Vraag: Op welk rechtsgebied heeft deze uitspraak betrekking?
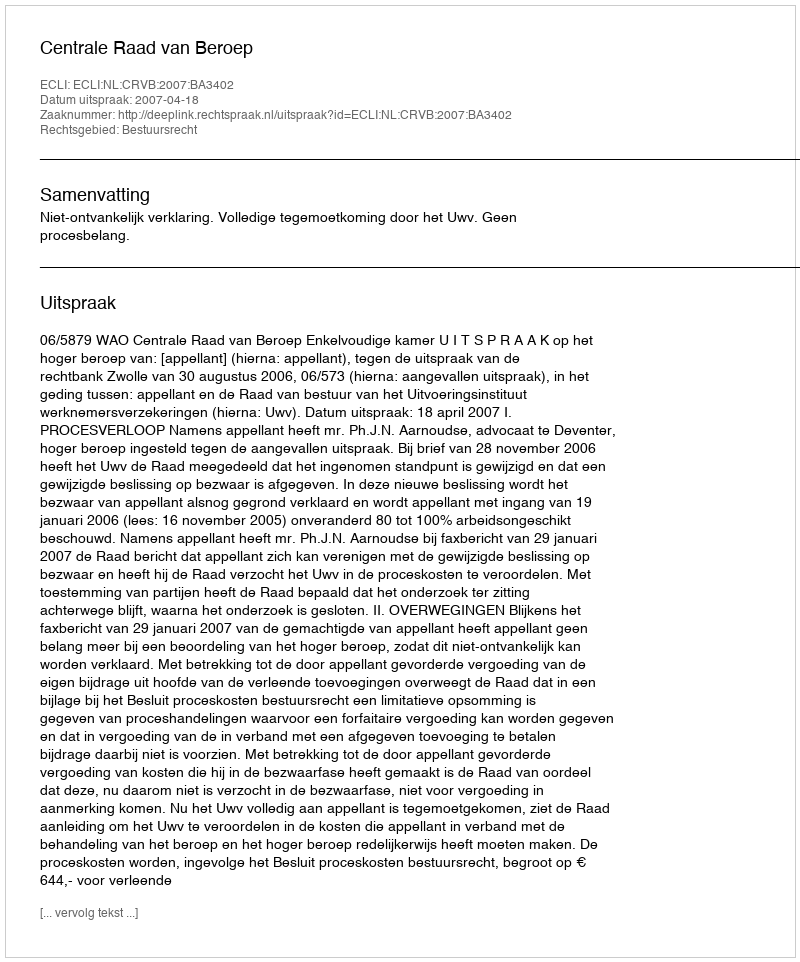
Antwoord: Bestuursrecht